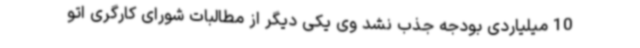
10 میلیاردی بودجه جذب نشد وی یکی دیگر از مطالبات شورای کارگری اتو